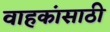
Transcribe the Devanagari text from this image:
वाहकांसाठी